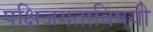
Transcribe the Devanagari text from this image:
पक्षिजगताविषयी